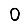
Digit: 0